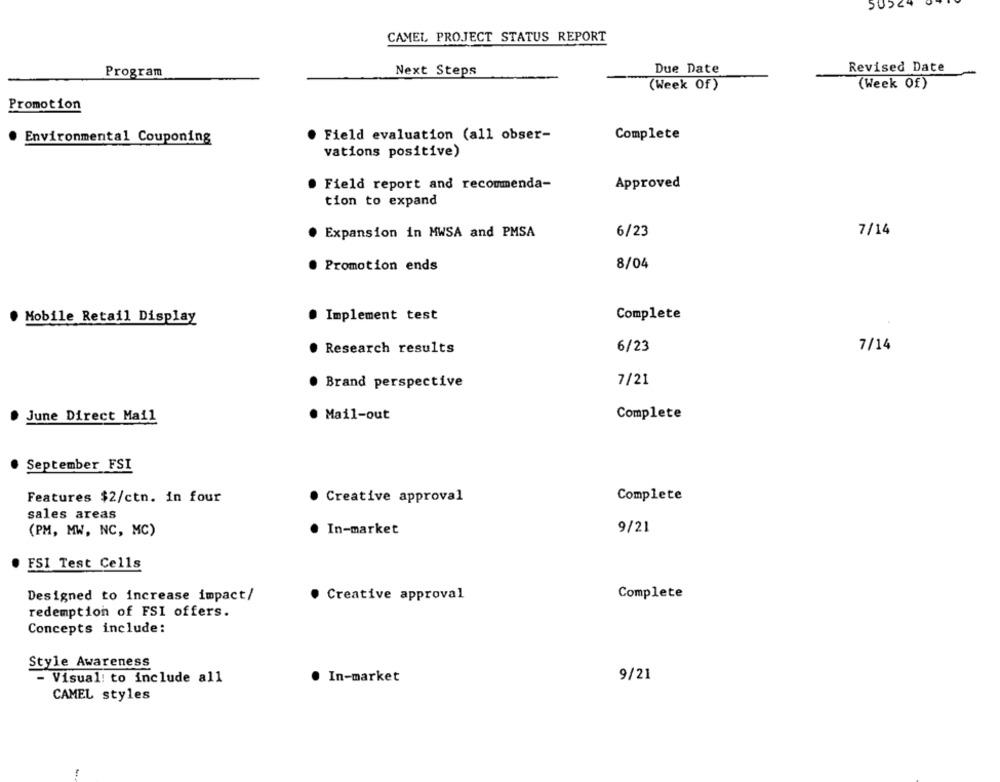
50524
CAMEL PROJECT STATUS REPORT
Due Date
Revised Date
Program
Next Steps
(Week Of)
(Week Of)
Promotion
Environmental Couponing
Field evaluation (all obser-
Complete
vations positive)
Field report and recommenda-
Approved
tion to expand
Expansion in MWSA and PMSA
6/23
7/14
Promotion ends
8/04
Mobile Retail Display
Implement test
Complete
Research results
6/23
7/14
7/21
Brand perspective
June Direct Mail
. Mail-out
Complete
September FSI
Features $2/ctn. in four
Creative approval
Complete
sales areas
(PM, MW, NC, MC)
In-market
9/21
FSI Test Cells
Complete
Designed to increase impact/
Creative approval
redemption of FSI offers.
Concepts include:
Style Awareness
- Visual: to include all
. In-market
9/21
CAMEL styles